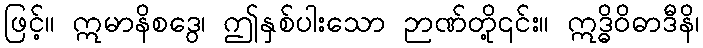
ဖြင့်။ ဣမာနိစဒွေ၊ ဤနှစ်ပါးသော ဉာဏ်တို့၎င်း။ ဣဒ္ဓိဝိဓာဒီနိ၊